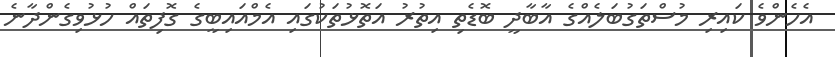
އެހެންވެ ކައިރި މުސްތަގުބަލެއްގެ އާބާދީ ބޮޑެތި އިތުރު އަތޮޅުތަކުގައި އެމްއައިބީގެ ގޮފިތައް ހުޅުވިގެންދާނެ